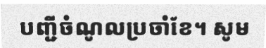
បញ្ជីចំណូលប្រចាំខែ។ សូម